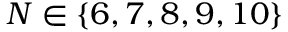
N \in \{ 6 , 7 , 8 , 9 , 1 0 \}